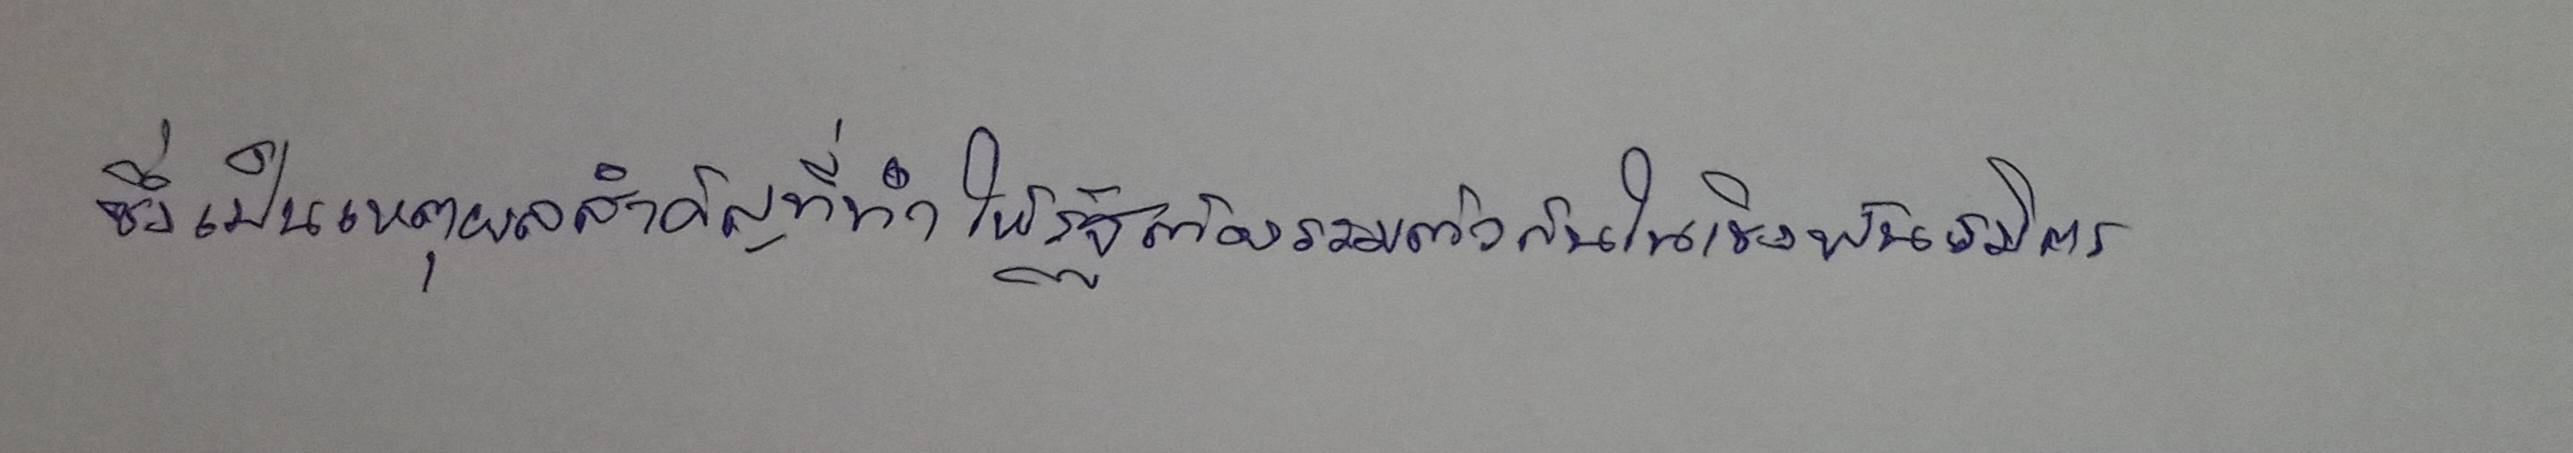
ซึ่งเป็นเหตุผลสำคัญที่ทำให้รัฐต้องรวมตัวกันในเชิงพันธมิตร